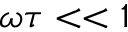
\omega \tau < < 1